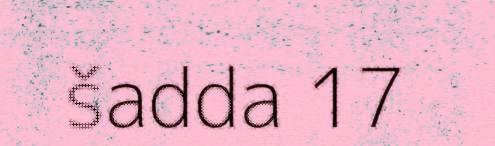
šadda 17